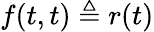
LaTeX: \textstyle f(t,t)\triangleq r(t)